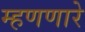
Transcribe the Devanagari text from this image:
म्हणणारे